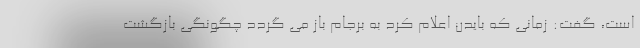
است، گفت: زمانی که بایدن اعلام کرد به برجام باز می گردد چگونگی بازگشت